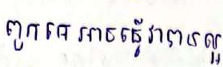
ពួកគេអាចធ្វើវាបានល្អ